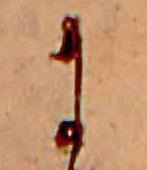
に